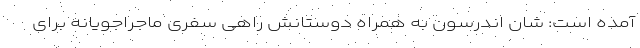
آمده است: شان اندرسون به همراه دوستانش راهیِ سفری ماجراجویانه برای